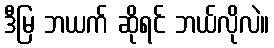
ဒီမြ ဘယက် ဆိုရင် ဘယ်လိုလဲ။